Vaccination Hyderabad 1872-1889 - 1872-1889
Year: 1872
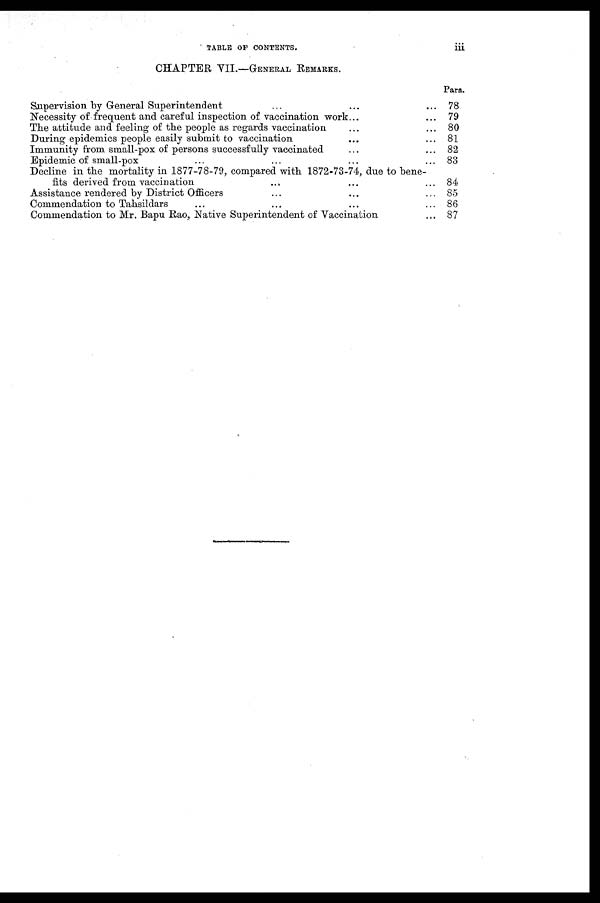
TABLE OF CONTENTS.
iii
CHAPTER VII.—GENERAL REMARKS.
Supervision by General Superintendent ... ... ...
Necessity of frequent and careful inspection of vaccination work... ...
The attitude and feeling of the people as regards vaccination ... ...
During epidemics people easily submit to vaccination ... ...
Immunity from small-pox of persons successfully vaccinated ... ...
Epidemic of small-pox ... ... ... ...
Decline in the mortality in 1877-78-79, compared with 1872-73-74, due to bene-
fits derived from vaccination ... ... ... ...
Assistance rendered by District Officers ... ... ...
Commendation to Tahsildars ... ... ... ...
Commendation to Mr. Bapu Rao, Native Superintendent of Vaccination ...
Para.
78
79
80
81
82
83
84
85
86
87